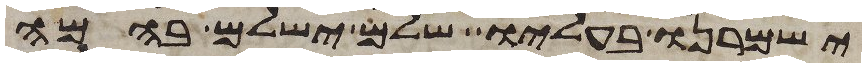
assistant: ישמרנו בעליו שלם ישלם בהמה